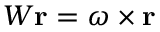
W \mathbf { r } = \omega \times \mathbf { r }